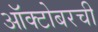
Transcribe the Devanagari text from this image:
ऑक्टोबरची